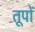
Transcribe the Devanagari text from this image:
तूपों